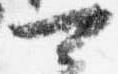
可